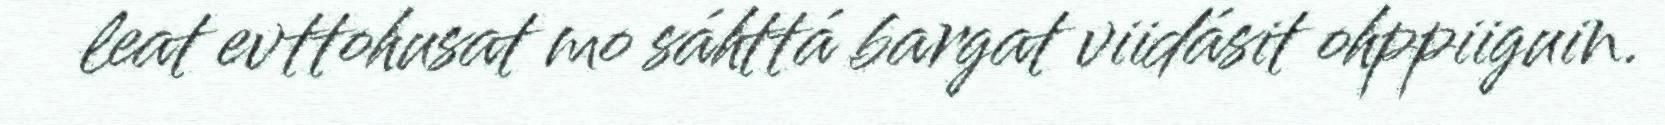
leat evttohusat mo sáhttá bargat viidásit ohppiiguin.